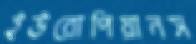
ইউরোপিয়ানস